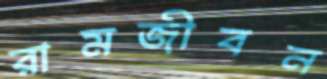
রামজীবন